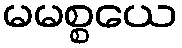
မမစ္စယေ